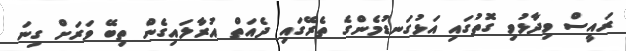
ރައީސް ވިދާޅުވި ގޮތުގައި އަޅުގަނޑުމެންގެ ތެރޭގައި ދެއަތް އުރާލައިގެން ތިބޭ ވަރަށް ގިނަ